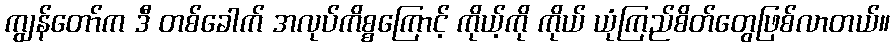
ကျွန်တော်က ဒီ တစ်ခေါက် အလုပ်ကိစ္စကြောင့် ကိုယ့်ကို ကိုယ် ယုံကြည်စိတ်တွေဖြစ်လာတယ်။